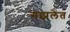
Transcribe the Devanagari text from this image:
गझलेत